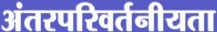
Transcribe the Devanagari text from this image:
अंतरपरिवर्तनीयता